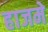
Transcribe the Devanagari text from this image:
हाजमे